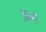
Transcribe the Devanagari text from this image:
अन्त्त